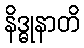
နိဒ္ဓုနာတိ